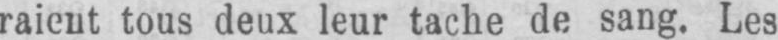
raient tous deux leur tache de sang. Les